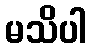
မသိပါ